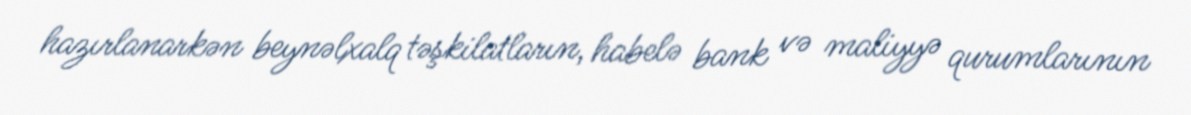
hazırlanarkən beynəlxalq təşkilatların, habelə bank və maliyyə qurumlarının